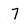
Character: 7